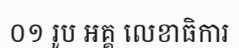
០១ រូប អគ្គ លេខាធិការ